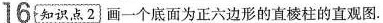
16 知识点2 画一个底面为正六边形的直棱柱的直观图.